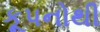
કૂપનોથી